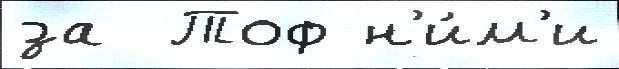
за  Тоф н'и́м'и